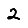
Digit: 2